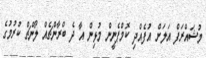
މުޝައްރަފް އަލަށް އުފެއްދި ކޮމްޕެނީން މުޅިން އާ ދެ ބްރާންޗެއް ލޯންޗް ކުރުމުގެ